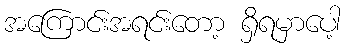
အကြောင်းအရင်းတော့ ရှိရမှာပေါ့